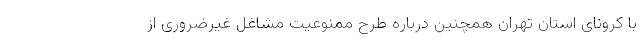
با کرونای استان تهران همچنین درباره طرح ممنوعیت مشاغل غیرضروری از